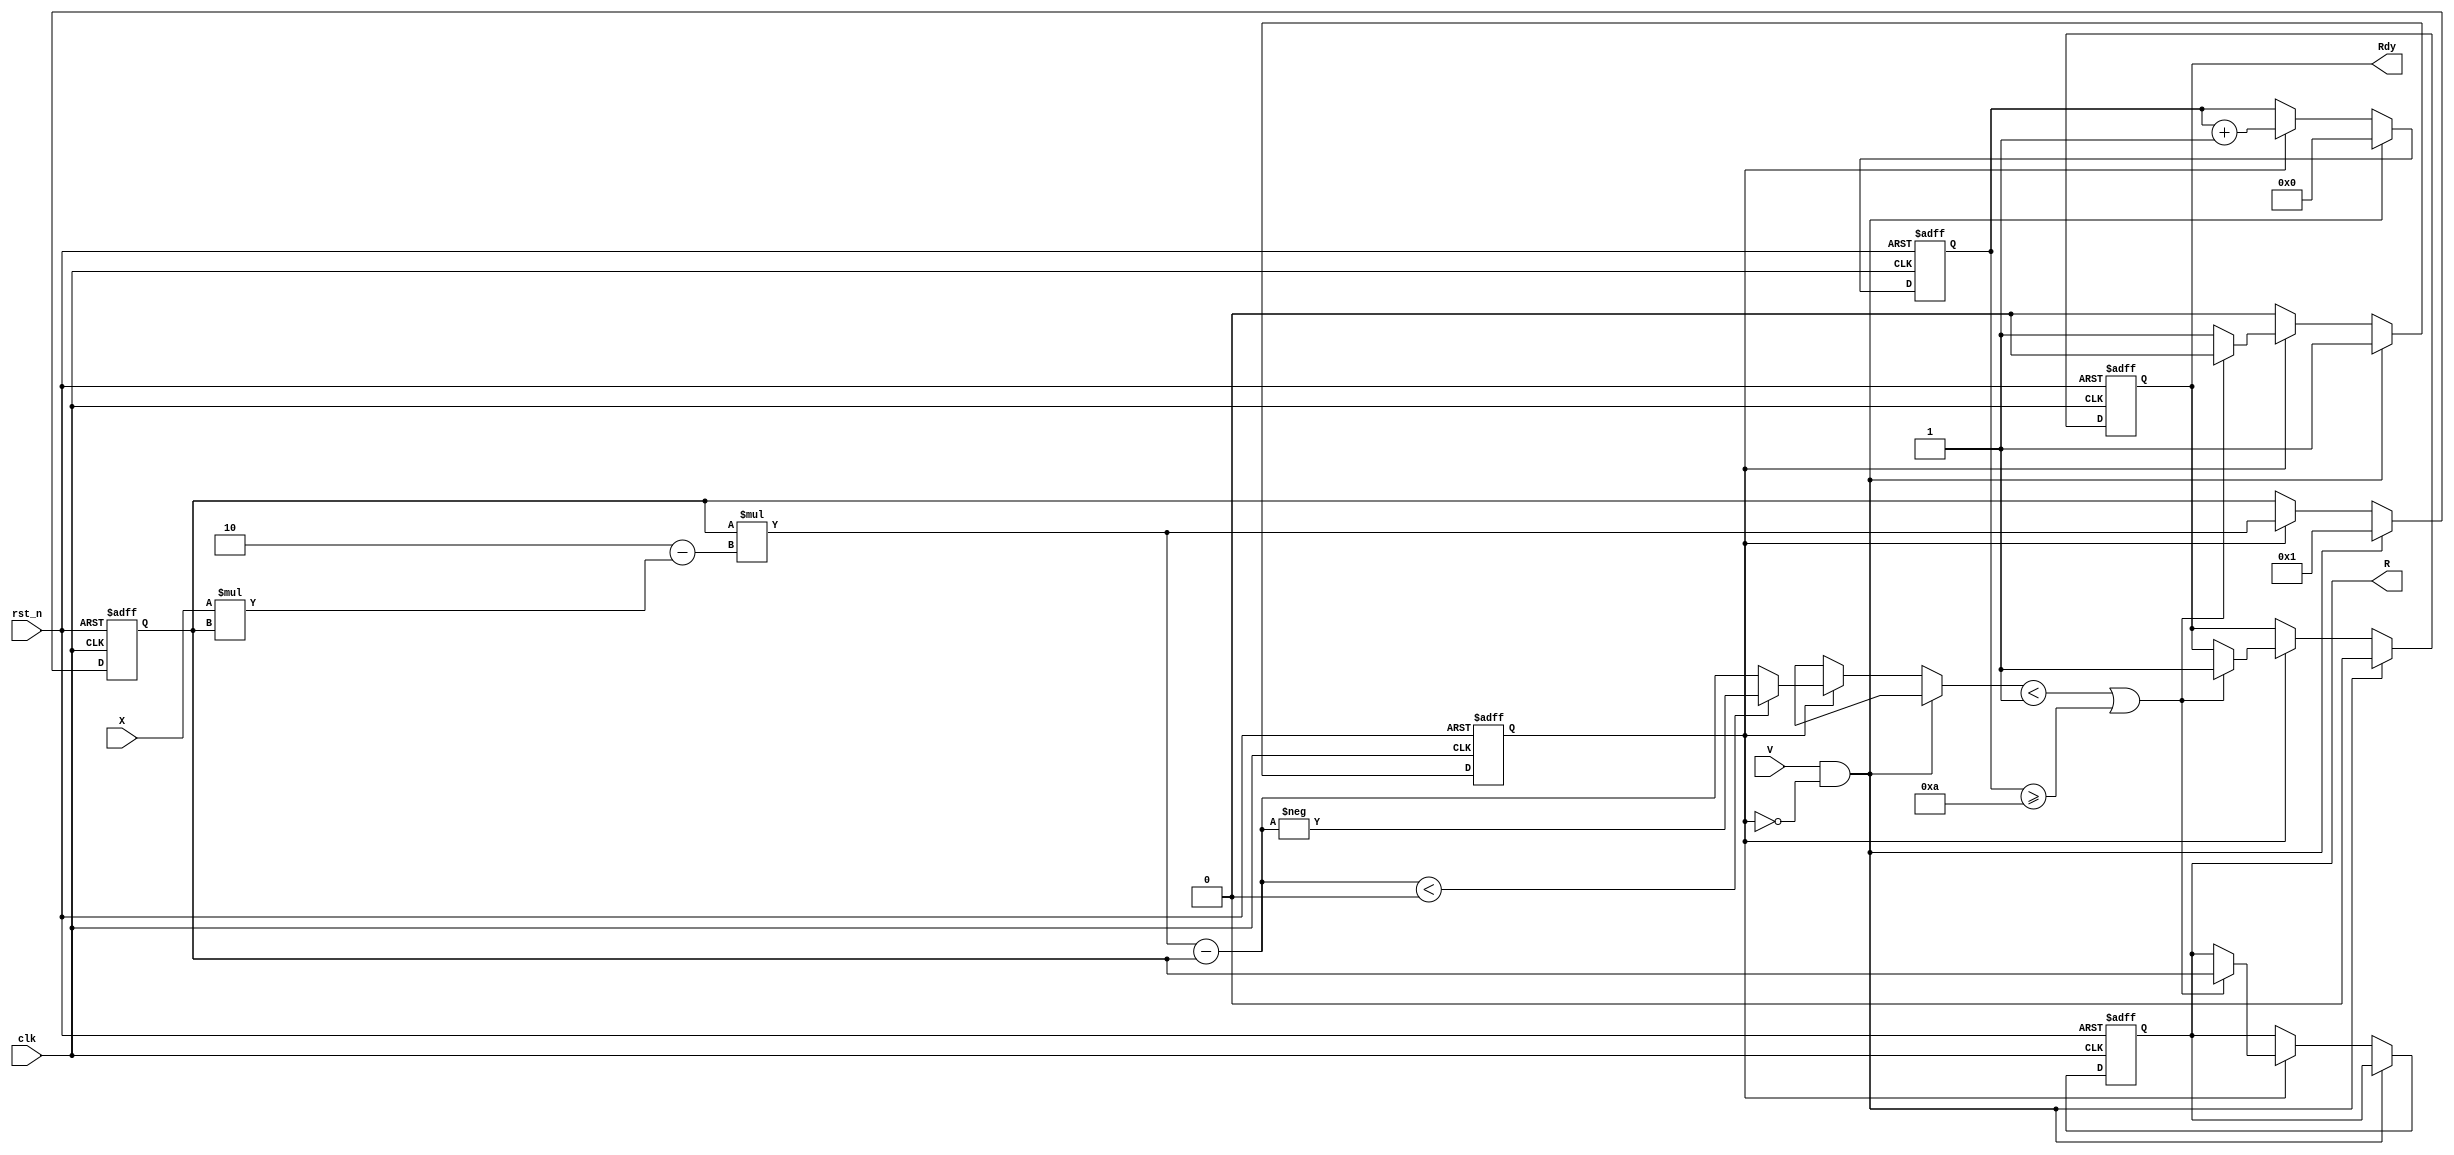
module IterativeReciprocal #(
    parameter N = 16,                      // Bit width of input and output
    parameter MAX_ITERATIONS = 10,         // Maximum iterations for convergence
    parameter THRESHOLD = 16'h0001         // Convergence threshold
)(
    input  wire                 clk,        // Clock input
    input  wire                 rst_n,      // Active low reset
    input  wire [N-1:0]        X,          // Input value (0 < X < 1)
    input  wire                 V,          // Valid input signal
    output reg  [N-1:0]        R,          // Reciprocal output
    output reg                 Rdy          // Ready output signal
);

    reg [N-1:0] R_current;                   // Current estimate of the reciprocal
    reg [N-1:0] R_next;                      // Next estimate of the reciprocal
    reg [N-1:0] delta;                       // Change in estimate
    reg [3:0] iteration_count;               // Iteration counter
    reg processing;                          // Processing state

    // Initialize when valid input is detected
    always @(posedge clk or negedge rst_n) begin
        if (!rst_n) begin
            R <= 0;
            Rdy <= 0;
            R_current <= 0;
            iteration_count <= 0;
            processing <= 0;
        end else if (V && !processing) begin
            // Initialize the reciprocal estimate to a fixed value (e.g., 1)
            R_current <= {{(N-1){1'b0}}, 1'b1}; // Start with 1
            iteration_count <= 0;
            processing <= 1;
            Rdy <= 0;
        end else if (processing) begin
            // Update the estimate using Newton-Raphson method
            R_next = R_current * (2 - (X * R_current));

            // Check for convergence
            delta = R_next - R_current;
            if (delta < 0) delta = -delta; // Absolute value of delta

            // Update the current estimate
            R_current <= R_next;

            // Increment iteration counter
            iteration_count <= iteration_count + 1;

            // Check if convergence is achieved or maximum iterations reached
            if (delta < THRESHOLD || iteration_count >= MAX_ITERATIONS) begin
                R <= R_current;
                Rdy <= 1;                  // Output is ready
                processing <= 0;           // End processing
            end
        end
    end

endmodule